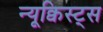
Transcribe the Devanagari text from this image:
न्यूक्विस्ट्स